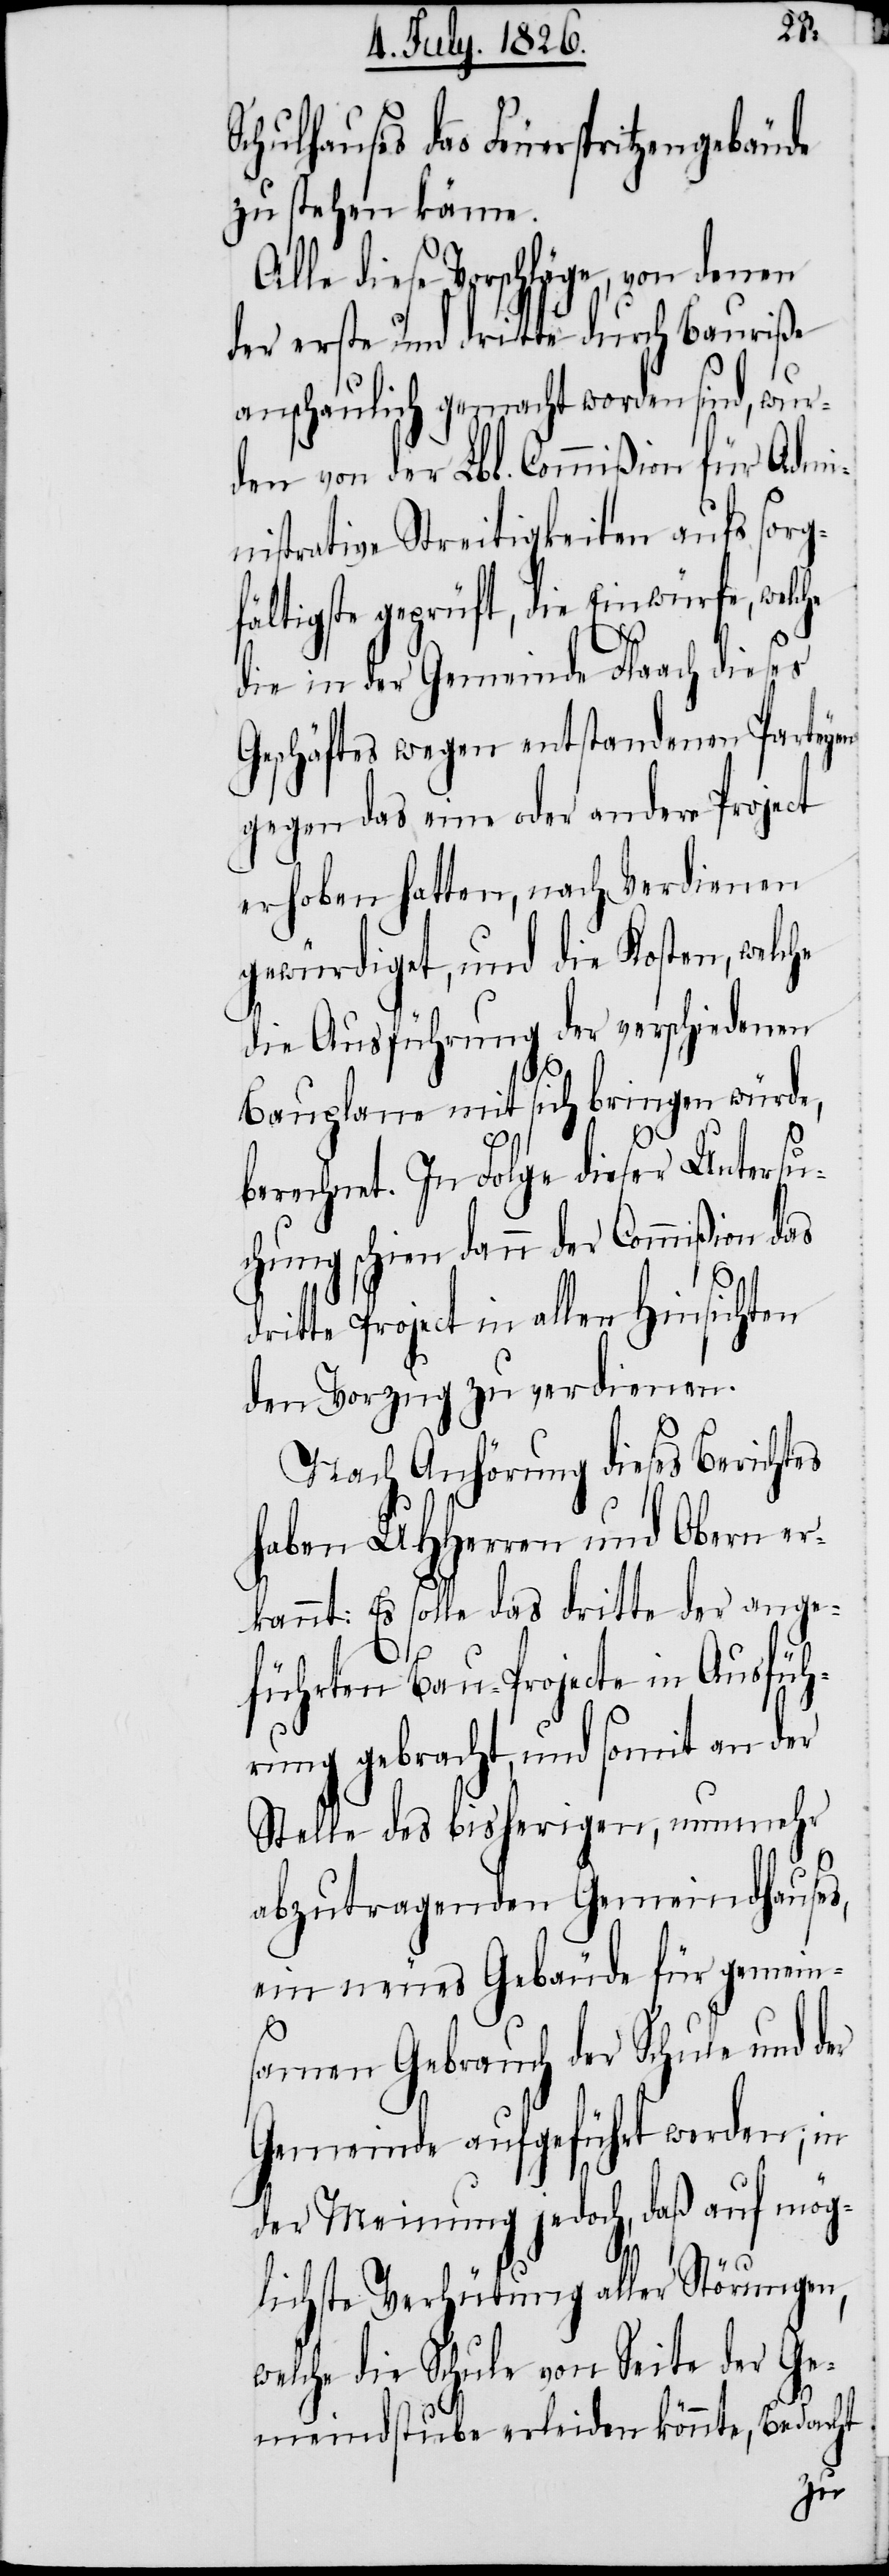
Schulhauses das Feuerspritzengebäude
zu stehen käme.
Alle diese Vorschläge, von denen
der erste und dritte durch Bauriße
anschaulich gemacht worden sind, wur¬
den von der Lbl. Commißion für Admi¬
nistrative Streitigkeiten aufs sorg¬
fältigste geprüft, die Einwürfe, welche
die in der Gemeinde Flaach dieses
Geschäftes wegen entstandenen Parteyen
gegen das eine oder andere Project
erhoben hatten, nach Verdienen
gewürdiget, und die Kosten, welche
die Ausführung der verschiedenen
Bauplane mit sich bringen würde,
s,
berechnet. In Folge dieser Untersu¬
chung schien dann der Commißion
ritte Project in allen Hinsichten
den Vorzug zu verdienen.
Nach Anhörung dieses Berichtes
haben MHHerren und Obern er¬
kannt: Es solle das dritte der ange¬
führten Bau-Projecte in Ausfüh¬
rung gebracht, und somit an der
Stelle des bisherigen, nunmehr
abzutragenden Gemeindhause¬
ein neues Gebäude für gemein¬
samen Gebrauch der Schule und
Gemeinde aufgeführt werden; in
der Meinung jedoch, daß auf mög¬
lichste Verhütung aller Störungen,
welche die Schule von Seite der Ge¬
meindstube erleiden könnte, Bedacht